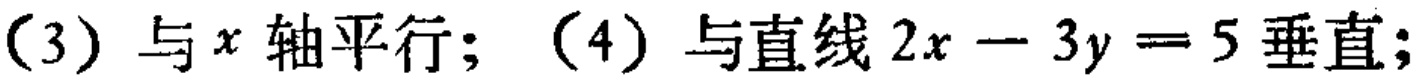
(3) 与 \(x\) 轴平行；(4) 与直线 \(2x - 3y = 5\) 垂直；